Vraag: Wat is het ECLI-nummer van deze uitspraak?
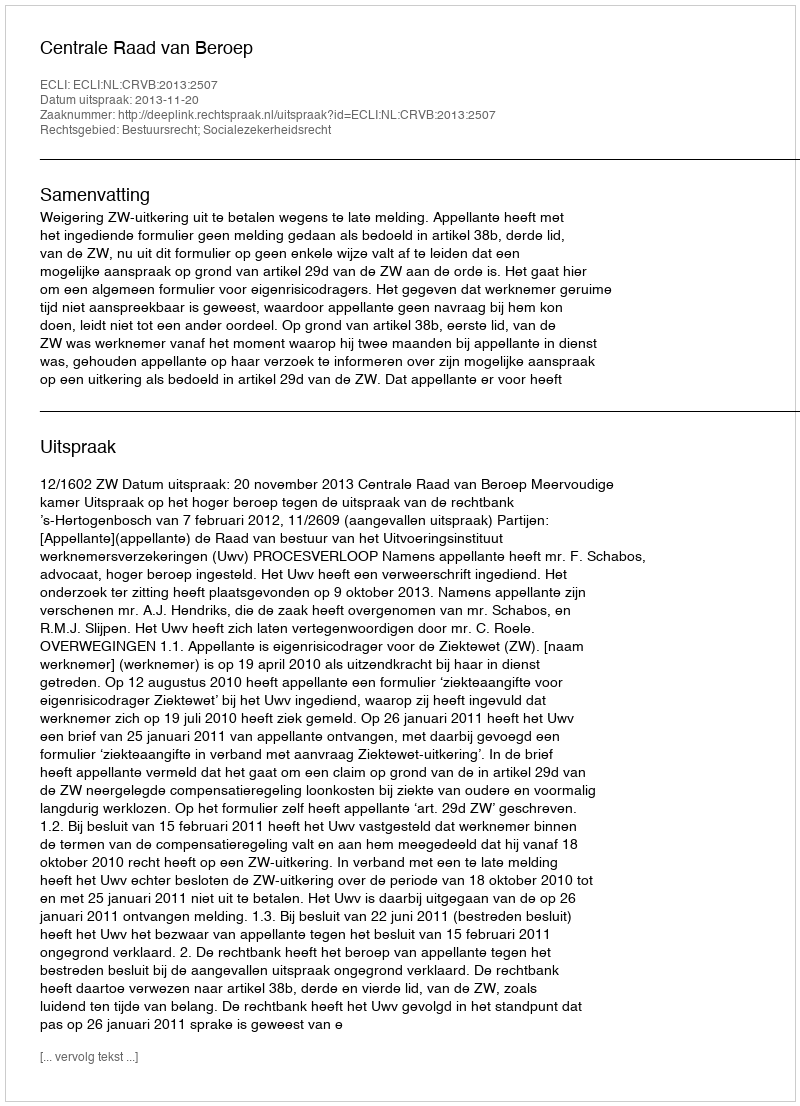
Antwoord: ECLI:NL:CRVB:2013:2507